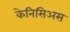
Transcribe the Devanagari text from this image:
केनिसिअस